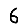
Digit: 6